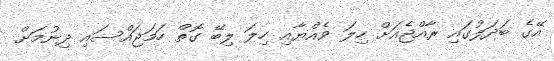
އޭގެ ބަދަލުގައި ރާއްޖެއަށް ހިލަ ވެއްޔާއި ހިލަ ލިބޭ ގޮތް ހަމަޖައްސައި ދިނުމަށް